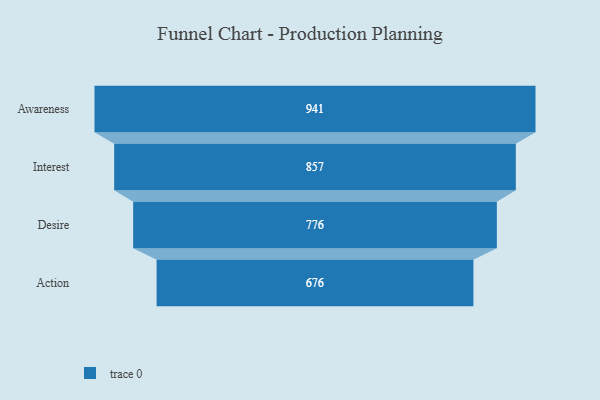
{"axis": {"x": "Stage", "y": "Value"}, "legend": [""], "data": [{"x": "Awareness", "y": 941.0, "type": ""}, {"x": "Interest", "y": 857.0, "type": ""}, {"x": "Desire", "y": 776.0, "type": ""}, {"x": "Action", "y": 676.0, "type": ""}]}